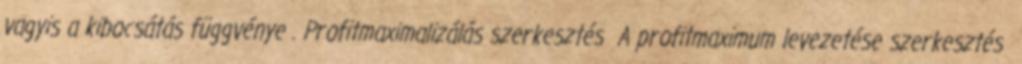
vagyis a kibocsátás függvénye . Profitmaximalizálás szerkesztés A profitmaximum levezetése szerkesztés